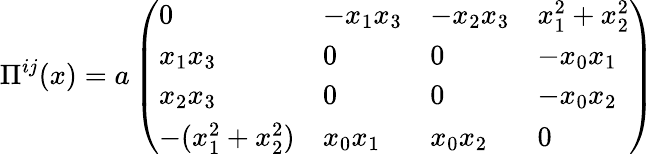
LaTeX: \Pi^{ij}(x)=a\left(\begin{array}{llll}{{0}}&{{-x_{1}x_{3}}}&{{-x_{2}x_{3}}}&{{x_{1}^{2}+x_{2}^{2}}}\\ {{x_{1}x_{3}}}&{{0}}&{{0}}&{{-x_{0}x_{1}}}\\ {{x_{2}x_{3}}}&{{0}}&{{0}}&{{-x_{0}x_{2}}}\\ {{-(x_{1}^{2}+x_{2}^{2})}}&{{x_{0}x_{1}}}&{{x_{0}x_{2}}}&{{0}}\end{array}\right)